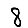
Digit: 8